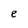
Character: e